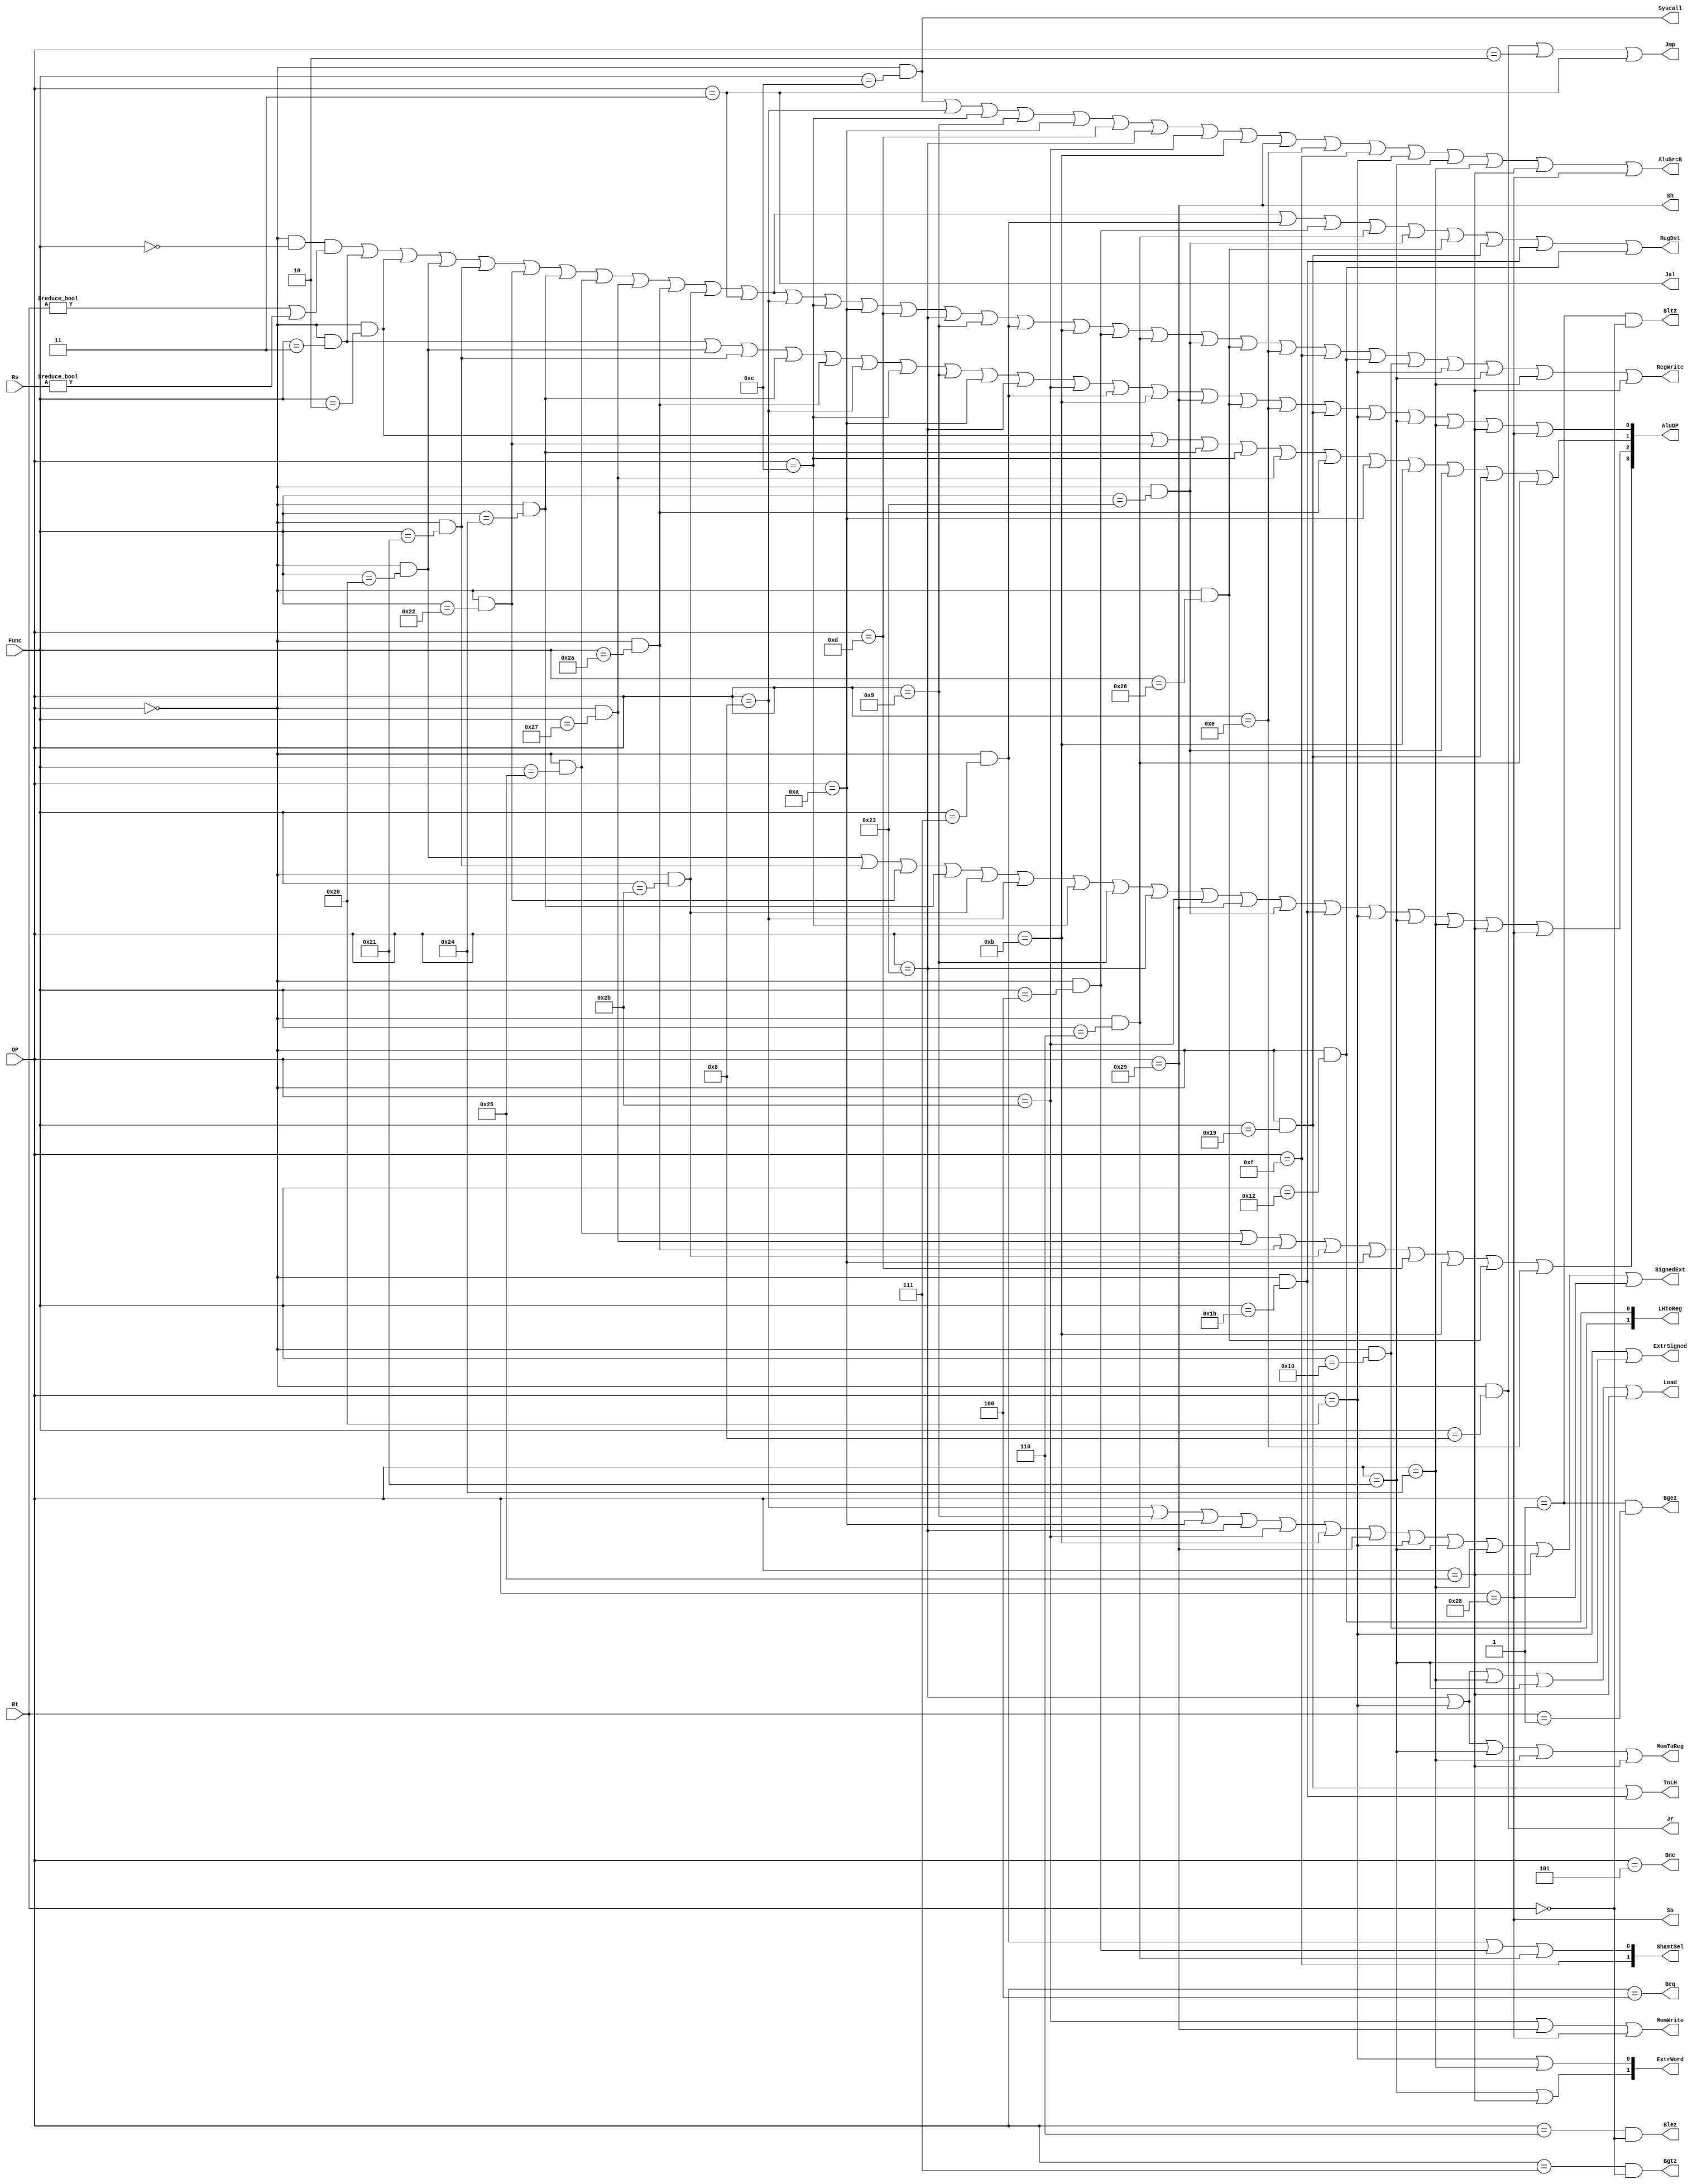
`timescale 1ns / 1ps
//////////////////////////////////////////////////////////////////////////////////
// Version: 2.21 21:21
//
//
//////////////////////////////////////////////////////////////////////////////////


module Controller
(
    input wire [5:0] OP,    //op
    input wire [5:0] Func,  //function
    input wire [4:0] Rt,          //Rt
    input wire [4:0] Rs,
    output wire Jmp,        //JmpPC,PC = immediate
    output wire Jr,         //JrPCPC=PC+REG[Rs]
    output wire Jal,        //JalPCJmpra(31)
    output wire Beq,        //Beq
    output wire Bne,        //Bne
    output wire MemToReg,   //1Memory0Alu
    output wire MemWrite,   //Memory
    output wire [3:0]AluOP,      //Alu
    output wire AluSrcB,    //Alu
    output wire RegWrite,   //
    output wire RegDst,     //1Rd0Rt
    output wire Syscall,    //
    output wire SignedExt,  ///
    output wire [1:0] ExtrWord,   //Din0110
    output wire ToLH,       //HI,LO
    output wire ExtrSigned,   //100
    output wire Sh,
    output wire Sb,
    output wire [1:0] ShamtSel, //Shamt10160x1001Rs5shamt
    output wire [1:0] LHToReg,  //Din01LO10HI
    output wire Bltz,
    output wire Blez,
    output wire Bgez,
    output wire Bgtz,
    output wire Load    //LoadLoad
);

// instruction hints (all-uppercase)
wire SLL,SRA,SRL,ADD,ADDU,SUB,AND,OR,NOR,SLT,SLTU,JR;
wire SYSCALL,J,JAL,BEQ,BNE,ADDI,ADDIU,SLTI,ANDI,ORI,LW,SRAV,SLTIU,SW;
wire SH,SLLV,SRLV,SUBU,XOR,XORI,LUI,MULTU,DIVU,MFLO,MFHI,LB,LH,LBU,LHU,SB,BLEZ,BGTZ,BGEZ,BLTZ;
wire ShamtSel1,ShamtSel2,LHToReg1,LHToReg2,ExtrWord1,ExtrWord2;
wire S1,S2,S3,S0;

assign SLL = (OP == 6'd0) & (Func == 6'd0) & ( (Rt != 0) | (Rs != 0) );
assign SRA = (OP == 6'd0) & (Func == 6'd3);
assign SRL = (OP == 6'd0) & (Func == 6'd2);
assign ADD = (OP == 6'd0) & (Func == 6'd32);
assign ADDU = (OP == 6'd0) & (Func == 6'd33);
assign SUB = (OP == 6'd0) & (Func == 6'd34);
assign AND = (OP == 6'd0) & (Func == 6'd36);
assign OR = (OP == 6'd0) & (Func == 6'd37);
assign NOR = (OP == 6'd0) & (Func == 6'd39);
assign SLT = (OP == 6'd0) & (Func == 6'd42);
assign SLTU = (OP == 6'd0) & (Func == 6'd43);
assign JR = (OP == 6'd0) & (Func == 6'd8);
assign SYSCALL = (OP == 6'd0) & (Func == 6'd12);
assign J = (OP == 6'd2);
assign JAL = (OP == 6'd3);
assign BEQ = (OP == 6'd4);
assign BNE = (OP == 6'd5);
assign ADDI = (OP == 6'd8);
assign ADDIU = (OP == 6'd9);
assign SLTI = (OP == 6'd10);
assign ANDI = (OP == 6'd12);
assign ORI = (OP == 6'd13);
assign LW = (OP == 6'd35);
assign SW = (OP == 6'd43);
assign SRAV = (OP == 6'd0) & (Func == 6'd7);
assign SLTIU = (OP == 6'd11);
assign SH = (OP == 6'd41);
assign SLLV = (OP == 6'd0) & (Func == 6'd4);
assign SRLV = (OP == 6'd0) & (Func == 6'd6);
assign SUBU = (OP == 6'd0) & (Func == 6'd35);
assign XOR = (OP == 6'd0) & (Func == 6'd38);
assign XORI = (OP == 6'd14);
assign LUI = (OP == 6'd15);
assign MULTU = (OP == 6'd0) & (Func == 6'd25);
assign DIVU = (OP == 6'd0) & (Func == 6'd27);
assign MFLO = (OP == 6'd0) & (Func == 6'd18);
assign MFHI = (OP == 6'd0) & (Func == 6'd16);
assign LB = (OP == 6'd32);
assign LH = (OP == 6'd33);
assign LBU = (OP == 6'd36);
assign LHU = (OP == 6'd37);
assign SB = (OP == 6'd40);
assign BGEZ = (OP == 6'd1) & (Rt == 5'd1);
assign BLEZ = (OP == 6'd6) & (Rt == 5'd0);
assign BGTZ = (OP == 6'd7) & (Rt == 5'd0);
assign BLTZ = (OP == 6'd1) & (Rt == 5'd0);


// generated signals (camelcase)
assign MemToReg = LW | LB | LH | LBU | LHU;
assign MemWrite = SW | SH | SB;
// Note: Syscall code pulled out from OR2 of ~RegFile~ should connect to
//       input #1 of ~ALU~ second input MUX, due to `SYSCALL` is included in
//       `AluSrcB`; otherwise, connect to input #0.
assign AluSrcB = SYSCALL | ADDI | ANDI | ADDIU | SLTI | ORI | LW | SW | SLTIU | SH | XORI | LUI | LB | LH | LBU | LHU | SB;
assign RegWrite = SLL | SRA | SRL | ADD | ADDU | SUB | AND | OR | NOR | SLT | SLTU | JAL | ADDI | ANDI | SLTI | ORI | LW | ADDIU | SRAV | SLTIU | SLLV | SRLV | SUBU | XOR | XORI | LUI | MFLO | MFHI | LB | LH | LBU | LHU;
assign Syscall = SYSCALL;
assign SignedExt = ADDI | ADDIU | SLTI | LW | SW | SLTIU | SH | LB | LH | LBU | LHU | SB;
assign RegDst = SLL | SRA | SRL | ADD | ADDU | SUB | AND | OR | NOR | SLT | SLTU | JAL | SRAV | SLLV | SRLV | SUBU | XOR | MULTU | DIVU | MFLO;
assign Beq = BEQ;
assign Bne = BNE;
assign Jr = JR;
assign Jmp = JR | J | JAL;
assign Jal = JAL;
assign ExtrSigned = LB | LH;
assign Sh = SH;
assign Sb = SB;
assign ToLH = MULTU | DIVU;
assign Blez = BLEZ;
assign Bgtz = BGTZ;
assign Bgez = BGEZ;
assign Bltz = BLTZ;

assign ShamtSel1 = SRAV | SLLV | SRLV;
assign ShamtSel2 = LUI;
assign LHToReg1 = MFLO;
assign LHToReg2 = MFHI;
assign ExtrWord1 = LB | LBU;
assign ExtrWord2 =  LH | LHU;

assign ShamtSel = {ShamtSel2, ShamtSel1};
assign LHToReg = {LHToReg2, LHToReg1};
assign ExtrWord = {ExtrWord2, ExtrWord1};

assign Load = LW | LB | LBU | LH | LHU;

assign S3 = OR | NOR | SLT | SLTU | SLTI | ORI | SLTIU | XOR | XORI;
assign S2 = ADD | ADDU | SUB | AND | SLTU | ADDI | ANDI | ADDIU | LW | SW | SH | SUBU | DIVU | LB | LH | LBU | LHU | SB;
assign S1 = SRL | SUB | AND | ANDI | NOR | SLT | SLTI | SLTIU | SUBU | MULTU | SRLV;
assign S0 = SRA | ADD | ADDU | AND | SLT | ADDI | ANDI | ADDIU | SLTI | LW | SW | SRAV | SLTIU | SH | XOR | XORI | MULTU | LB | LH | LBU | LHU | SB;
assign AluOP = {S3,S2,S1,S0};
endmodule